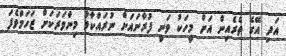
އަދި އޭގެ ތެރެއިން އަށް މީހަކު ވަނީ ފުރާނައަށް ނުރައްކާވާ މިންވަރަކަށް ޒަހަމްވެފަ